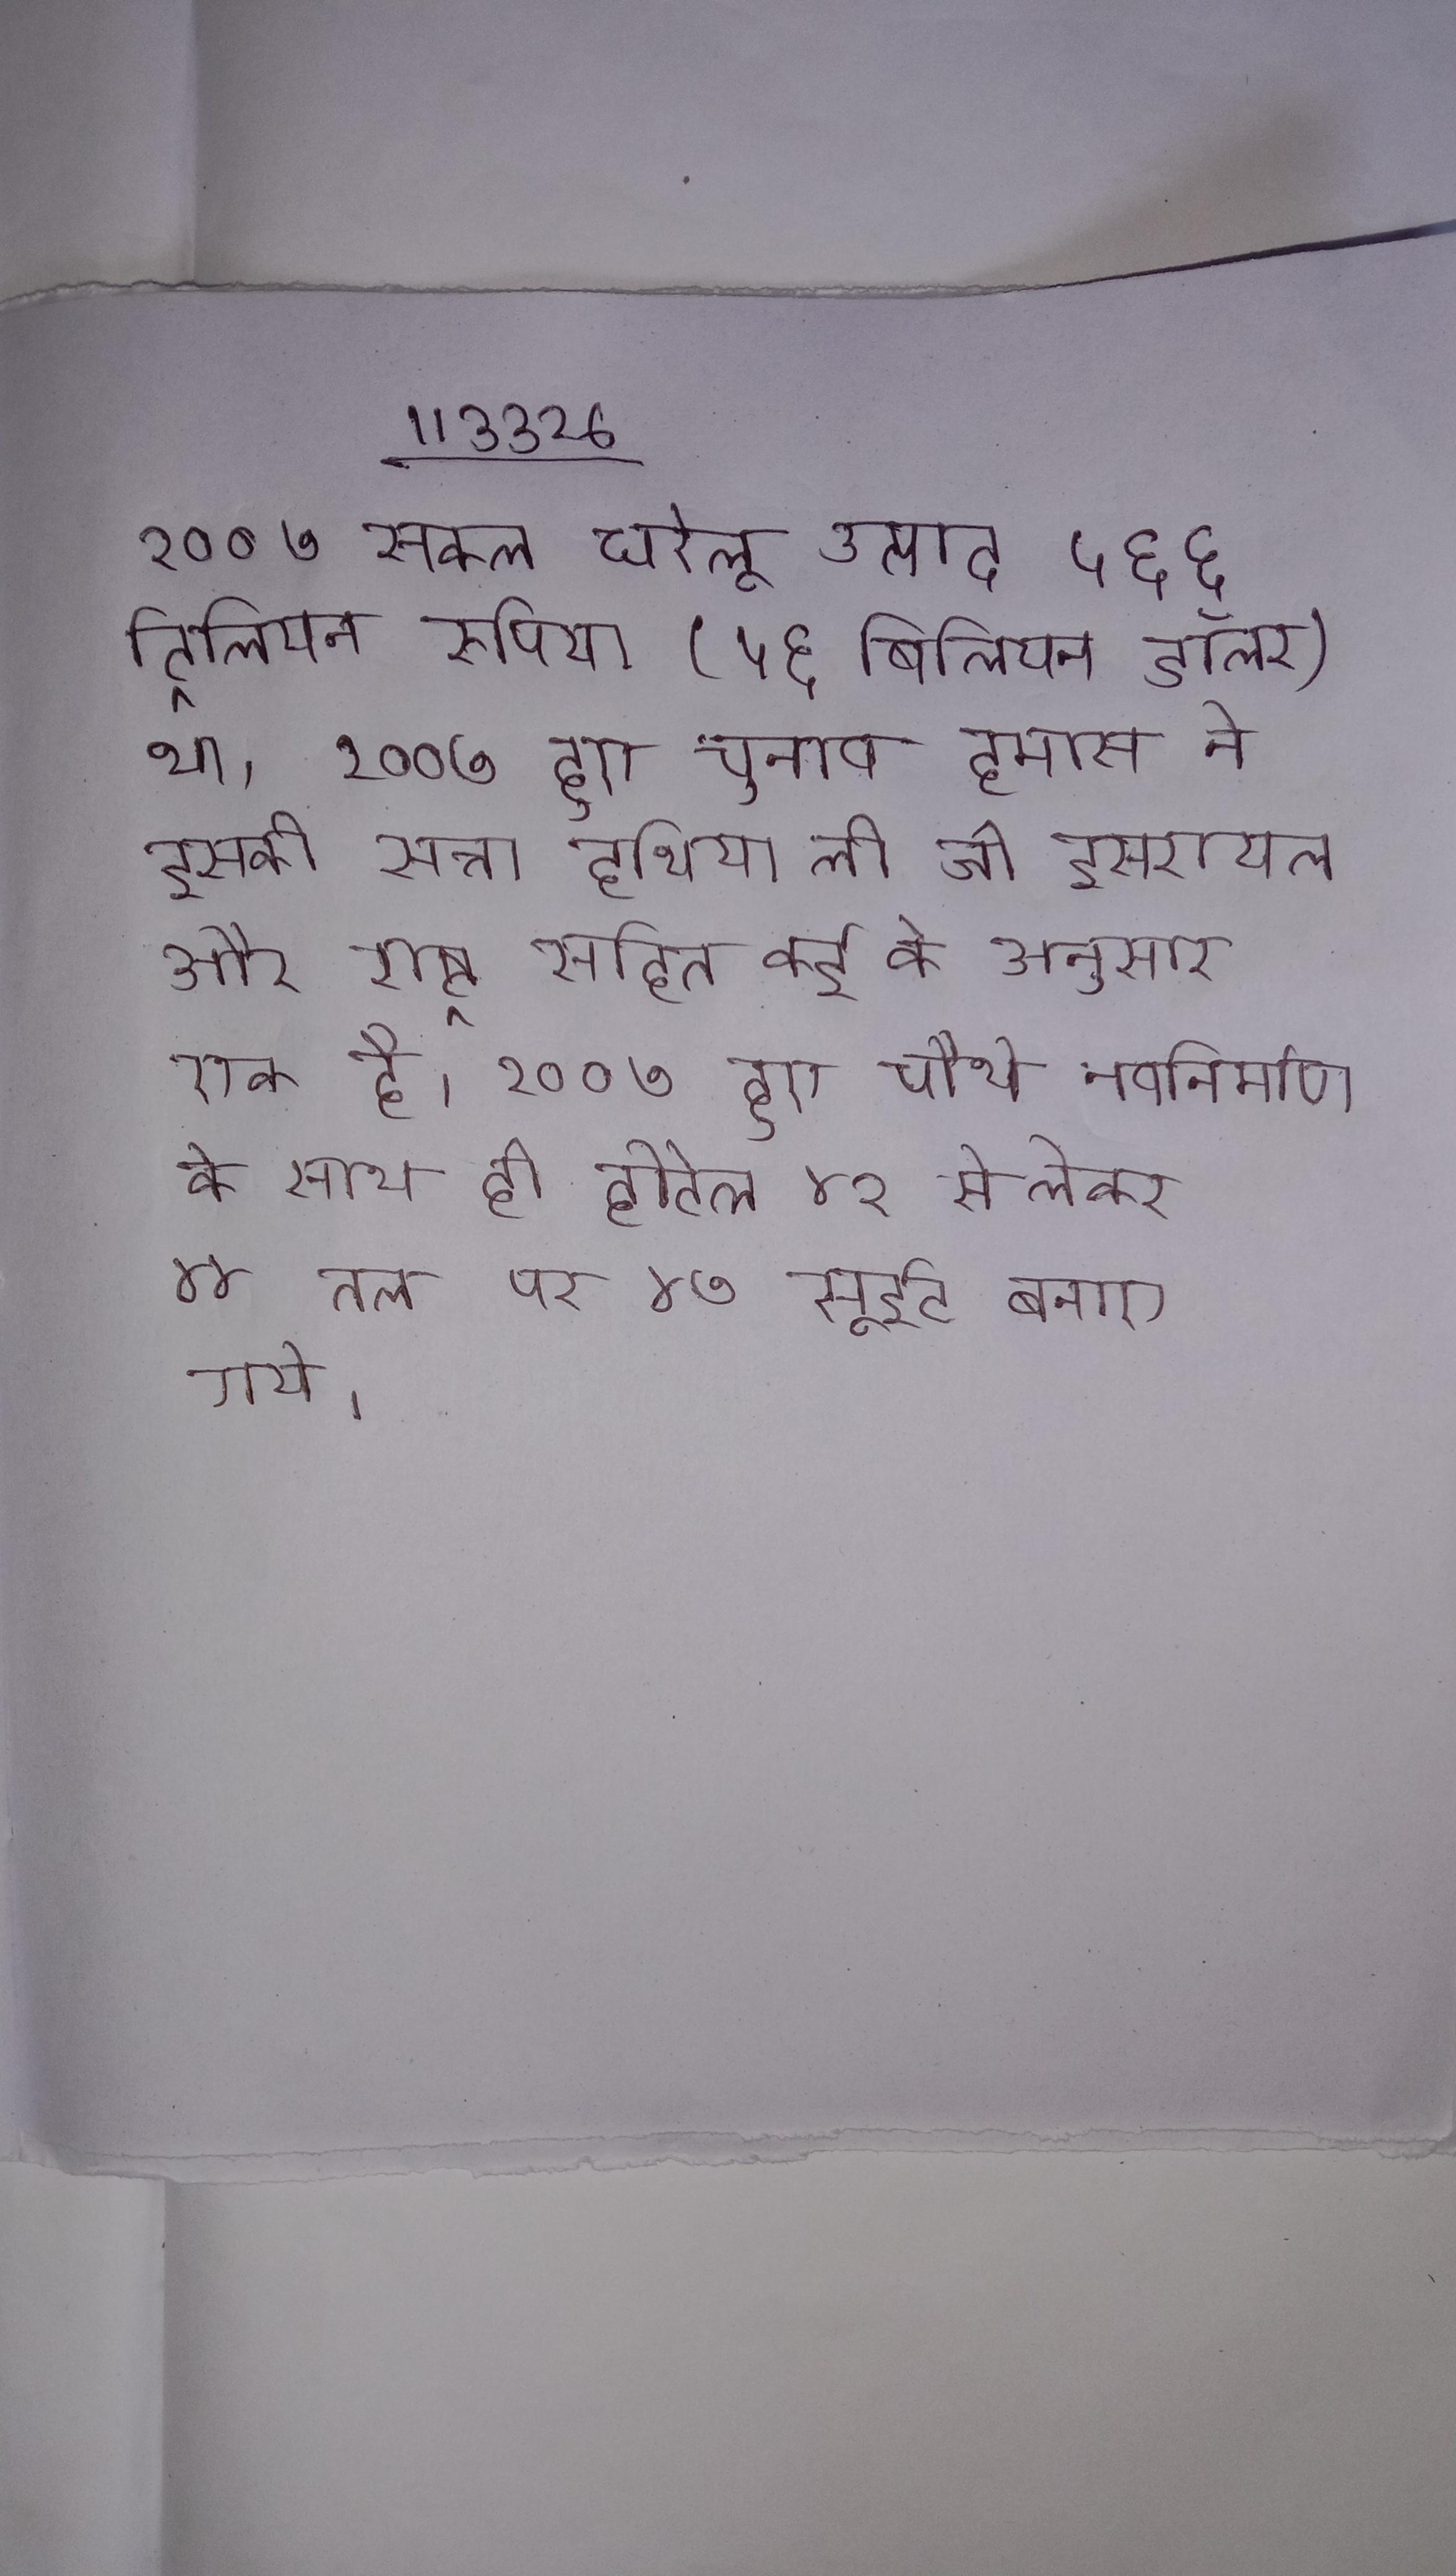
२००७ सकल घरेलू उत्पाद ५६६ ट्रिलियन रूपिया (५६ बिलियन डॉलर) था । २००७ हुए चुनाव हमास ने इसकी सत्ता हथिया ली जो इसरायल और राष्ट्र सहित कई के अनुसार एक है । २००७ हुए चौथे नवनिर्माण के साथ ही होटेल ४२ से लेकर ४४ तल पर ४७ सूईट बनाए गये ।